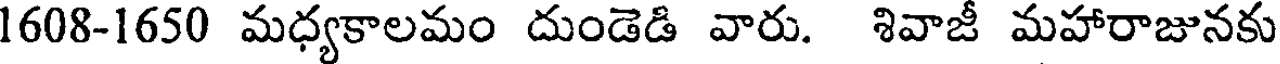
1608-1650 మధ్యకాలమం దుండెడి వారు. శివాజీ మహారాజునకు